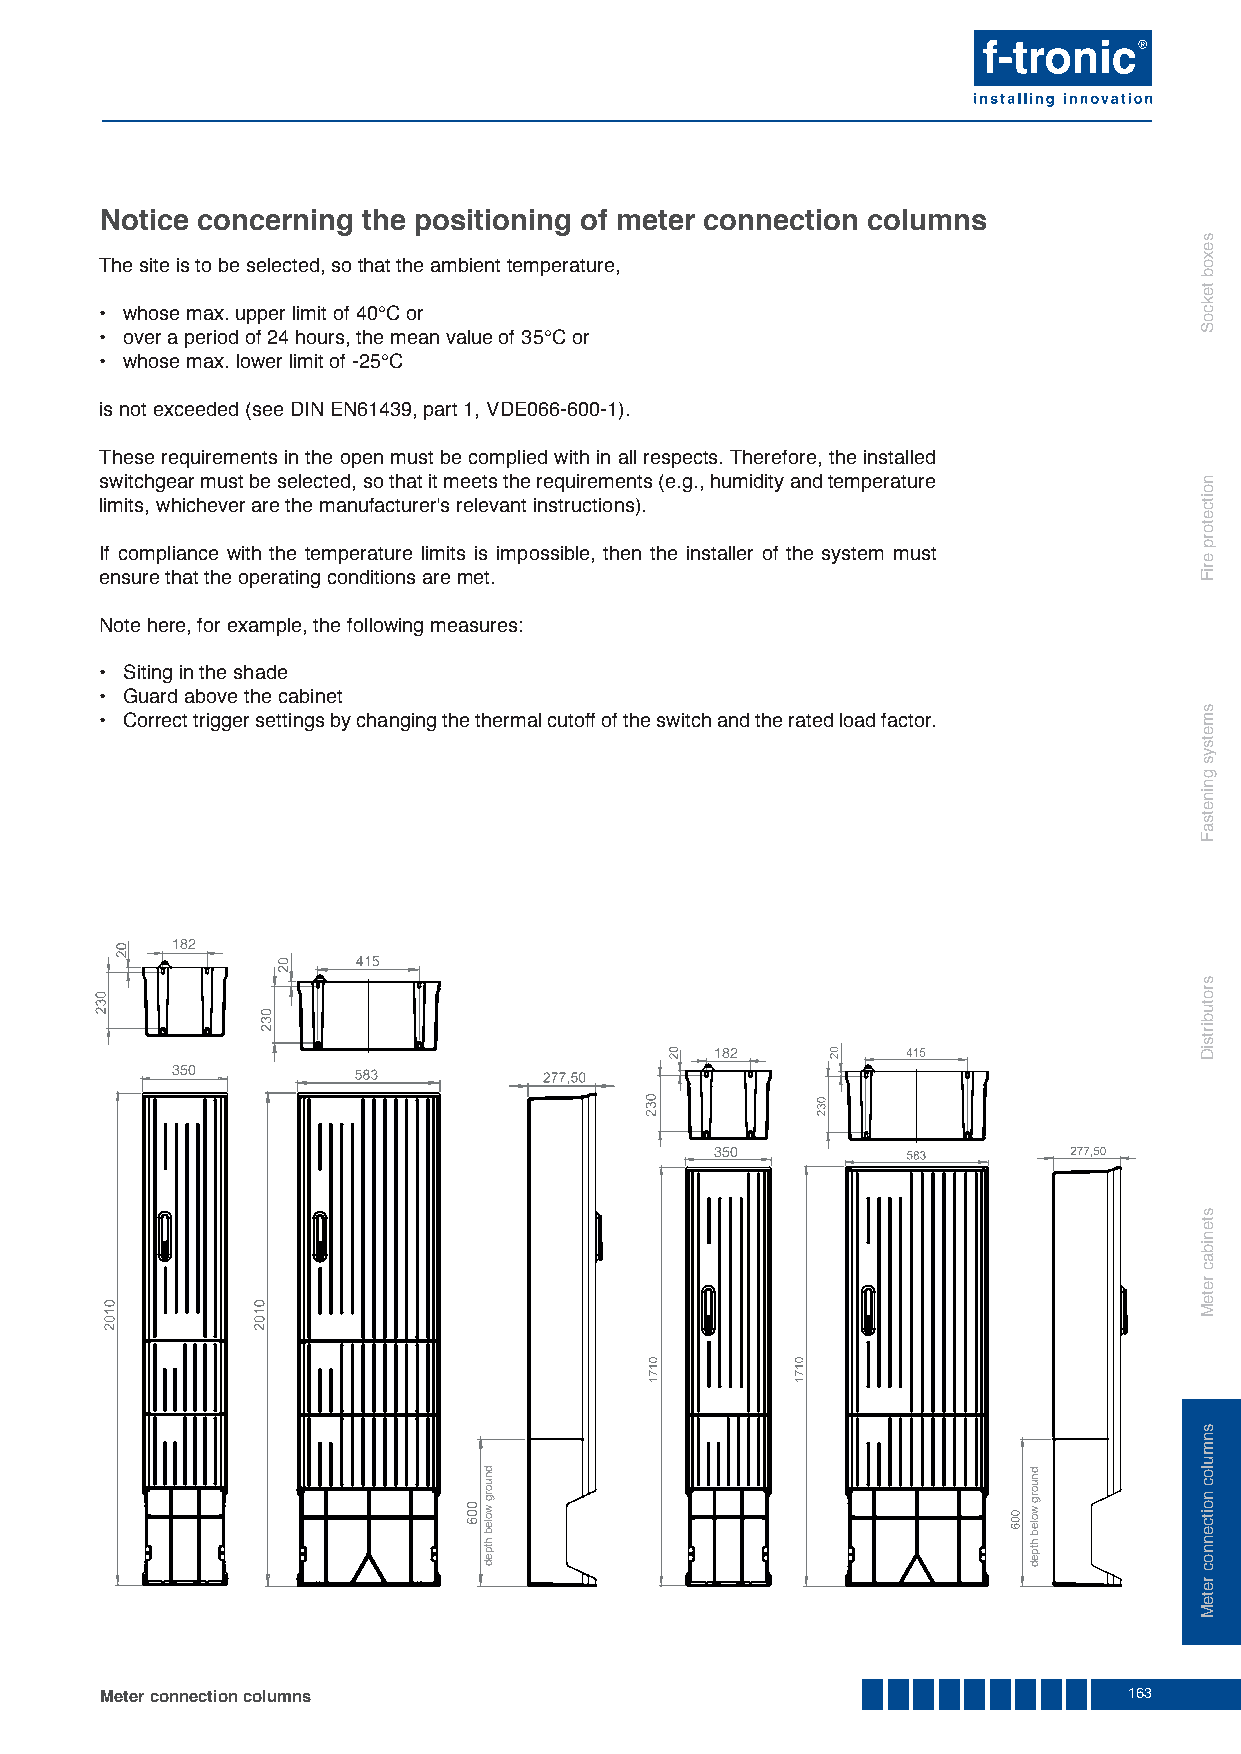
Notice concerning the positioning of meter connection columns
 The site is to be selected, so that the ambient temperature,
 • whose max. upper limit of 40°C or
 • over a period of 24 hours, the mean value of 35°C or
 • whose max. lower limit of -25°C
 is not exceeded (see DIN EN61439, part 1, VDE066-600-1).
 These requirements in the open must be complied with in all respects. Therefore, the installed
 switchgear must be selected, so that it meets the requirements (e.g., humidity and temperature
 limits, whichever are the manufacturer's relevant instructions).
 If compliance with the temperature limits is impossible, then the installer of the system must
 ensure that the operating conditions are met.
 Note here, for example, the following measures:
 • Siting in the shade
 • Guard above the cabinet
 • Correct trigger settings by changing the thermal cutoff of the switch and the rated load factor.
 182
 182
 350
 350
 Meter connection columns                                            163
 dnuorg
 woleb
 htped
 dnuorg
 woleb
 htped
 sexob
 tekcoS
 noitcetorp
 eriF
 smetsys
 gninetsaF
 srotubirtsiD
 stenibac
 reteM
 snmuloc
 noitcennoc
 reteM